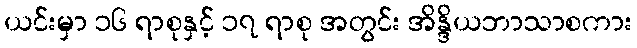
ယင်းမှာ ၁၆ ရာစုနှင့် ၁၇ ရာစု အတွင်း အိန္ဒိယဘာသာစကား